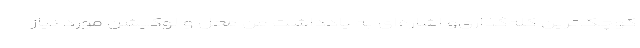
کوچک‌ترین گله‌گذاری‌و اشاره‌ای به یادداشت من محل و لوکیشن مورد نیاز